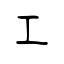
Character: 工